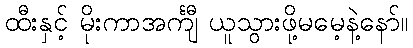
ထီးနှင့် မိုးကာအင်္ကျီ ယူသွားဖို့မမေ့နဲ့နော်။